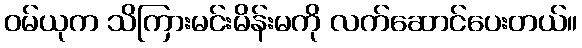
ဝမ်ယုက သိကြားမင်းမိန်းမကို လက်ဆောင်ပေးတယ်။